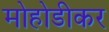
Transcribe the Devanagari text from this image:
मोहोडीकर